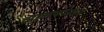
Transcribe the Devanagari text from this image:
टाइपफाउंडर